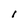
Character: I